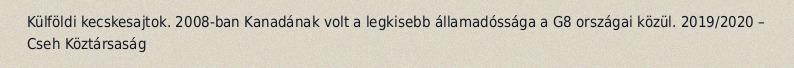
Külföldi kecskesajtok. 2008-ban Kanadának volt a legkisebb államadóssága a G8 országai közül. 2019/2020 – Cseh Köztársaság